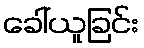
ခေါ်ယူခြင်း